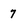
Character: 7